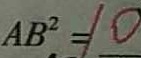
A B ^ { 2 } = 1 0